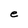
Character: e